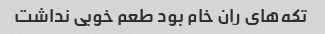
تکه‌های ران خام بود طعم خوبی نداشت